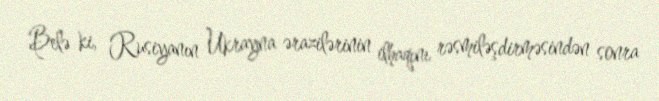
Belə ki, Rusiyanın Ukrayna ərazilərinin ilhaqını rəsmiləşdirməsindən sonra